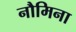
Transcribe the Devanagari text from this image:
नौमिना